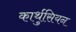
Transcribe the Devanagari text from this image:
कार्थुसियन